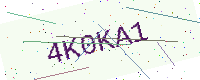
Text: 4K0KA1